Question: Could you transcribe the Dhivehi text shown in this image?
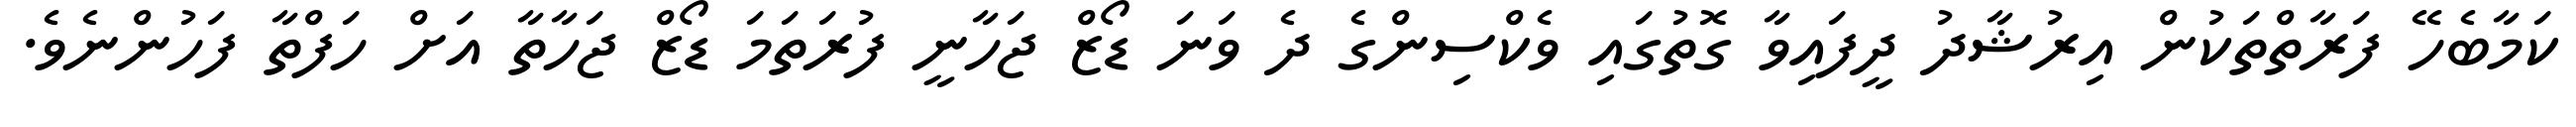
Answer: ކަމާބެހޭ ފަރާތްތަކުން އިރުޝާދު ދީފައިވާ ގޮތުގައި ވެކްސިންގެ ދެ ވަނަ ޑޯޒް ޖަހާނީ ފުރަތަމަ ޑޯޒް ޖަހާތާ އަށް ހަފްތާ ފަހުންނެވެ.